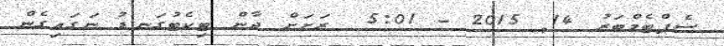
ސެޕްޓެމްބަރު 14